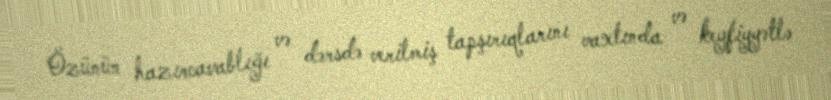
Özünün hazırcavablığı və dərsdə verilmiş tapşırıqlarını vaxtında və keyfiyyətlə